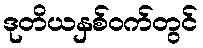
ဒုတိယနှစ်ဝက်တွင်